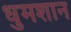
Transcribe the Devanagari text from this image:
धुमशान